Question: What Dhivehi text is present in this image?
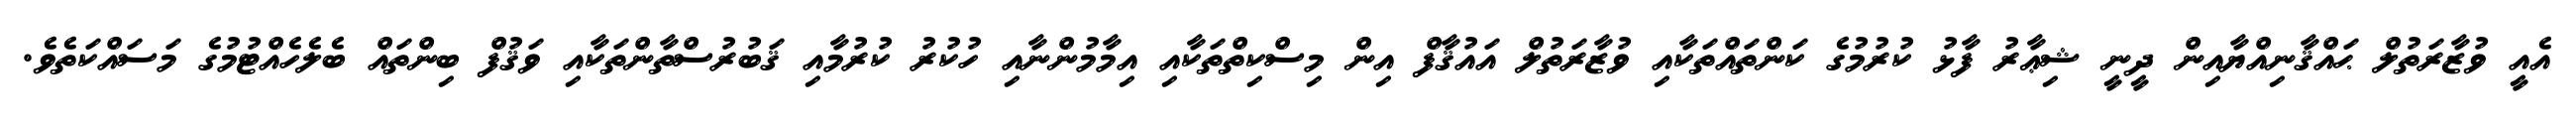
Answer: އެއީ ވުޒާރަތުލް ޙައްޤާނިއްޔާއިން ދީނީ ޝިޢާރު ފާޅު ކުރުމުގެ ކަންތައްތަކާއި ވުޒާރަތުލް އައުޤާފް އިން މިސްކިތްތަކާއި އިމާމުންނާއި ހުކުރު ކުރުމާއި ޤަބުރުސްތާންތަކާއި ވަޤުފް ބިންތައް ބެލެހެއްޓުމުގެ މަސައްކަތެވެ.